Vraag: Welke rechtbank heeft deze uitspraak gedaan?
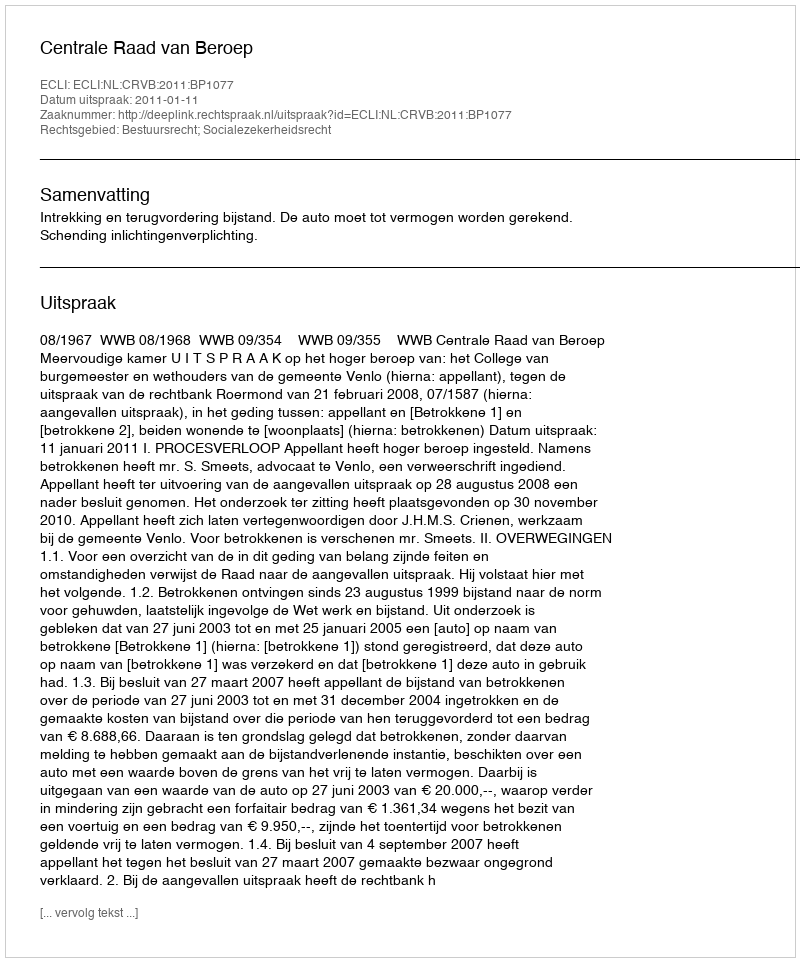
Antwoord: Centrale Raad van Beroep